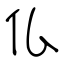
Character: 仏